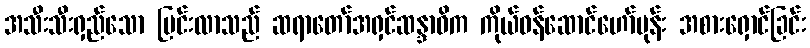
အသီးသီးရှည်သော ပြင်းလာသည် ဆရာတော်အရှင်ဆန္ဒာဓိက ကိုယ်ဝန်ဆောင်ဟော်မုန်း အစားရှောင်ခြင်း